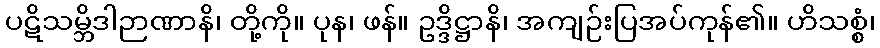
ပဋိသမ္ဘိဒါဉာဏာနိ၊ တို့ကို။ ပုန၊ ဖန်။ ဥဒ္ဒိဋ္ဌာနိ၊ အကျဉ်းပြအပ်ကုန်၏။ ဟိသစ္စံ၊